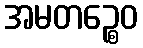
အမတဉ္စေဝ